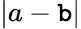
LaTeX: |a-\mathtt{b}|